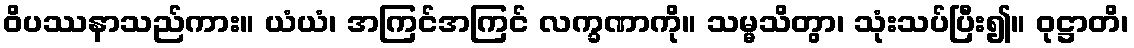
ဝိပဿနာသည်ကား။ ယံယံ၊ အကြင်အကြင် လက္ခဏာကို။ သမ္မသိတွာ၊ သုံးသပ်ပြီး၍။ ဝုဋ္ဌာတိ၊